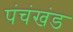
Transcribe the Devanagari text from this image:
पंचंखंड